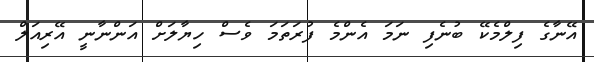
އޭނާގެ ފިލްމެކޭ ބުނެފި ނަމަ އެންމެ ފުރަތަމަ ވެސް ހިޔާލަށް އަންނާނީ އޭރިއަލް